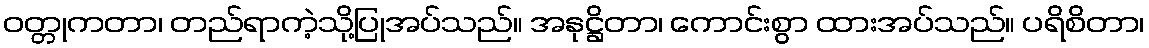
ဝတ္တုကတာ၊ တည်ရာကဲ့သို့ပြုအပ်သည်။ အနုဋ္ဌိတာ၊ ကောင်းစွာ ထားအပ်သည်။ ပရိစိတာ၊